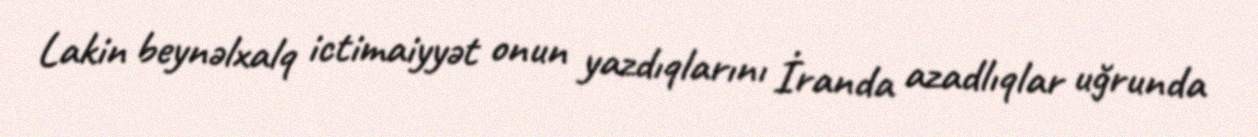
Lakin beynəlxalq ictimaiyyət onun yazdıqlarını İranda azadlıqlar uğrunda